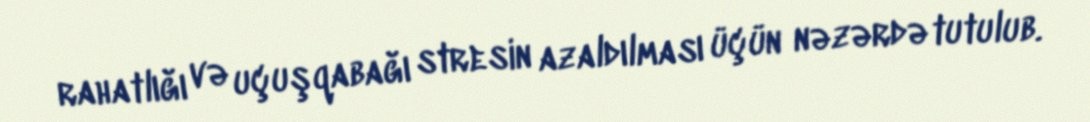
rahatlığı və uçuşqabağı stresin azaldılması üçün nəzərdə tutulub.